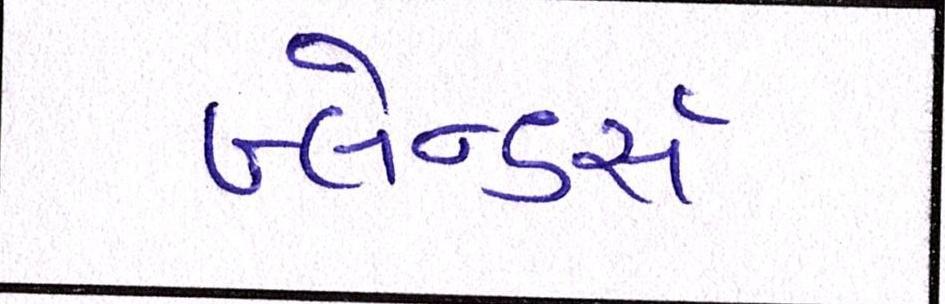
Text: બ્લેન્ડર્સ